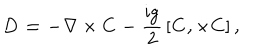
\bf D = - \nabla \times C - \mathrm { \frac { i g } { 2 } } \left[ C , \times C \right] ,